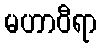
မဟာဝီရာ